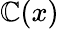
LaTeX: \mathbb{C}(x)